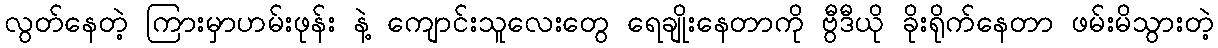
လွတ်နေတဲ့ ကြားမှာဟမ်းဖုန်း နဲ့ ကျောင်းသူလေးတွေ ရေချိုးနေတာကို ဗွီဒီယို ခိုးရိုက်နေတာ ဖမ်းမိသွားတဲ့